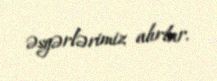
əsgərlərimiz alırlar.